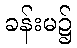
ခန်းမ၌